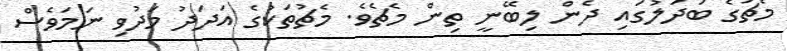
މެޗުގެ ބަދަލުގައި ދެން ލިބޭނީ ތިން މެޗެވެ. މެޗުތަކުގެ އަދަދު މަދުވި ނަމަވެސް